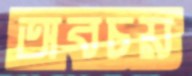
অবচয়